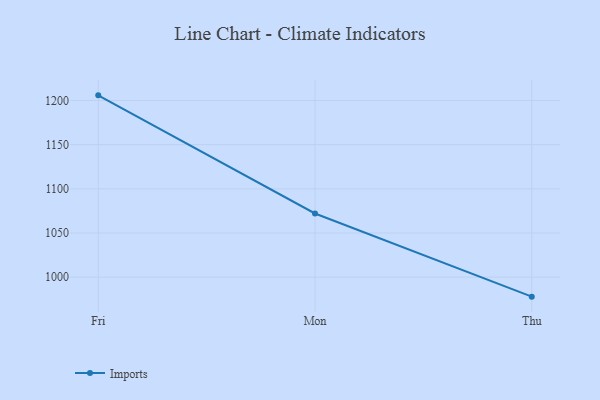
{"axis": {"x": "Day", "y": "Gross Profit (USD K)"}, "legend": ["Imports"], "data": [{"x": "Fri", "y": 1205.9, "type": "Imports"}, {"x": "Mon", "y": 1072.1, "type": "Imports"}, {"x": "Thu", "y": 977.9, "type": "Imports"}]}